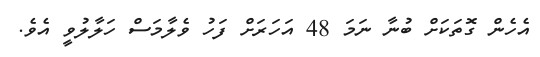
އެހެން ގޮތަކަށް ބުނާ ނަމަ 48 އަހަރަށް ފަހު ވެލާމަސް ހަލާލުވީ އެވެ.